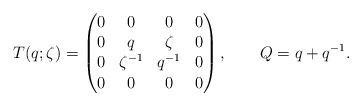
\begin{align*} T(q;\zeta) = \begin{pmatrix} 0 & 0 & 0 & 0 \\ 0 & q & \zeta & 0 \\ 0 & \zeta^{-1} & q^{-1} & 0 \\ 0 & 0 & 0 & 0 \end{pmatrix} , \qquad Q=q+q^{-1} .\end{align*}